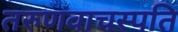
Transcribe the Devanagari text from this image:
तरुणवाचस्पति